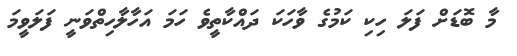
މާ ބޮޑަށް ފަލަ ހިކި ކަމުގެ ވާހަކަ ދައްކާތީވެ ހަމަ އަހާލާހިތްވަނީ ފަލަވީމަ